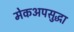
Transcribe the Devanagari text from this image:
मेकअपसुद्धा